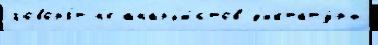
говор'я́т н'е анарх'и́стов д'иктату́ры